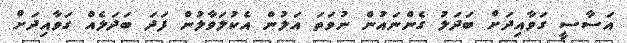
އަސާސީ ގަވާއިދަށް ބަދަލު ގެންނައުން ނުވަތަ އަލުން އެކުލަވާލުން ފަދަ ބަދަލެއް ގަވާއިދަށް